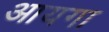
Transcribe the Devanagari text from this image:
आयगा